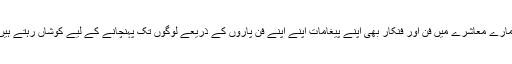
ہمارے معاشرے میں فن اور فنکار بھی اپنے پیغامات اپنے اپنے فن پاروں کے ذریعے لوگوں تک پہنچانے کے لیے کوشاں رہتے ہیں۔